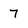
Character: 7